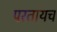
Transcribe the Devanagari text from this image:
परतायच